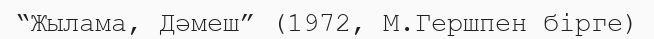
“Жылама, Дәмеш” (1972, М.Гершпен бірге)